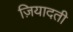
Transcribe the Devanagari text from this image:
ज़ियादती